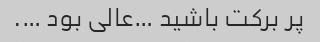
پر برکت باشید …عالی بود ….